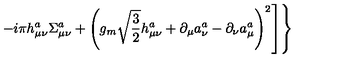
\left. \left. - i \pi h _ { \mu \nu } ^ { a } \Sigma _ { \mu \nu } ^ { a } + \left( g _ { m } \sqrt { \frac 3 2 } h _ { \mu \nu } ^ { a } + \partial _ { \mu } a _ { \nu } ^ { a } - \partial _ { \nu } a _ { \mu } ^ { a } \right) ^ { 2 } \right] \right\}